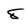
Character: 8